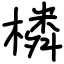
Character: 橉